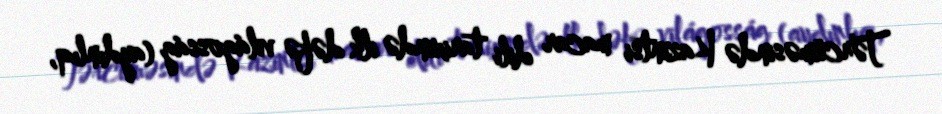
Tərcüməsində Kazintsi macar dili tarixində ilk dəfə világosság (aydınlıq,